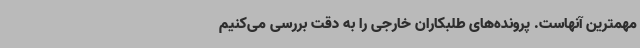
مهمترین آنهاست. پرونده‌های طلبکاران خارجی را به دقت بررسی می‌کنیم